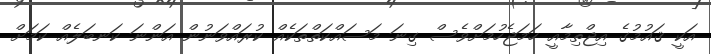
އަކީ ޤައުމުގެ އިޖްތިމާއީ ހަމަޖެހުމަށްވެސް ގިނަ މަސައްކަތްތަކެއް ކުރައްވަނުން އަންނަ ކަނބަލެެއް ކަމަށް